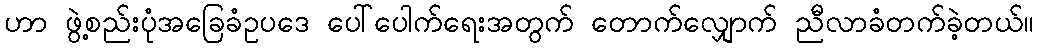
ဟာ ဖွဲ့စည်းပုံအခြေခံဥပဒေ ပေါ်ပေါက်ရေးအတွက် တောက်လျှောက် ညီလာခံတက်ခဲ့တယ်။